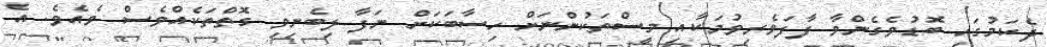
ދެކަމުގައި ބޮޑުވެގެންވާ ފާފަވެރިވުމަކާއި މީސްތަކުންނަށް ހިސާބަކަށް ނަފާ ލިބެނިވި ގޮތްތަކެއްވެސް ވެއެވެ. އެ